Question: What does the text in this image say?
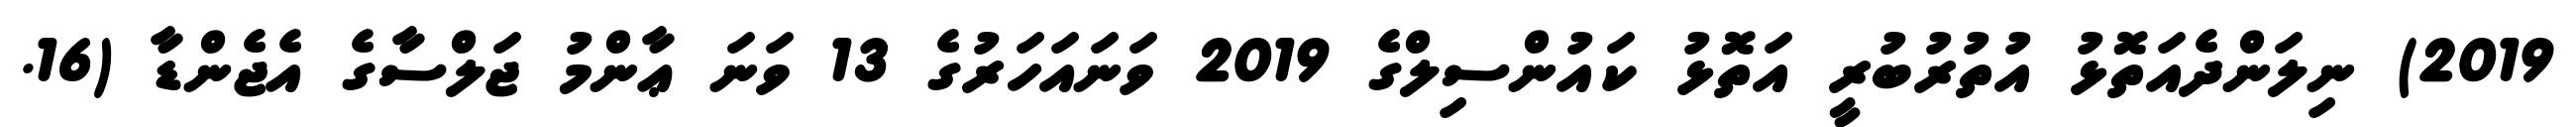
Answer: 2019) ނިލަންދެއަތޮޅު އުތުރުބުރީ އަތޮޅު ކައުންސިލްގެ 2019 ވަނައަހަރުގެ 13 ވަނަ ޢާންމު ޖަލްސާގެ އެޖެންޑާ (16.